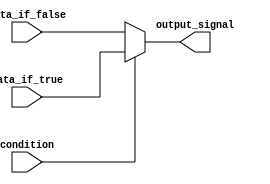
module conditional_assignment (
    input condition,
    input data_if_true,
    input data_if_false,
    output reg output_signal
);

always @(*) begin
    if(condition) begin
        output_signal <= data_if_true;
    end
    else begin
        output_signal <= data_if_false;
    end
end

endmodule